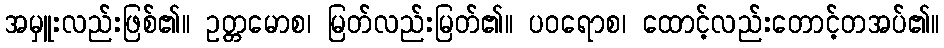
အမှူးလည်းဖြစ်၏။ ဥတ္တမောစ၊ မြတ်လည်းမြတ်၏။ ပဝရောစ၊ ထောင့်လည်းတောင့်တအပ်၏။